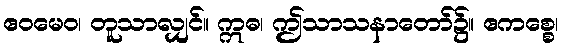
ဧဝမေဝ၊ တူသာလျှင်။ ဣဓ၊ ဤသာသနာတော်၌။ ဧကစ္စေ၊